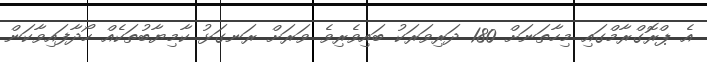
އެ ޕްރޮގްރާމްގައި މިހާތަނަށް 180 ދަރިވަރަކު ބައިވެރިވެ ވަރަށް ރަނގަޅު ކާމިޔާބުތަކެއް ހޯދާފައިވާކަން